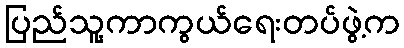
ပြည်သူ့ကာကွယ်ရေးတပ်ဖွဲ့က